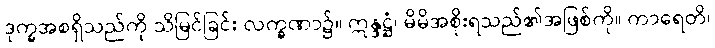
ဒုက္ခအစရှိသည်ကို သိမြင်ခြင်း လက္ခဏာ၌။ ဣန္ဒဋ္ဌံ၊ မိမိအစိုးရသည်၏အဖြစ်ကို။ ကာရေတိ၊